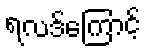
ရလဒ်ကြောင့်